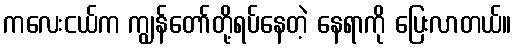
ကလေးငယ်က ကျွန်တော်တို့ရပ်နေတဲ့ နေရာကို ပြေးလာတယ်။